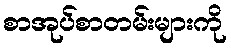
စာအုပ်စာတမ်းများကို